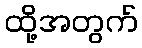
ထို့အတွက်